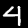
Digit: 4